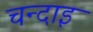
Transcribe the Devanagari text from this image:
चन्दाइ